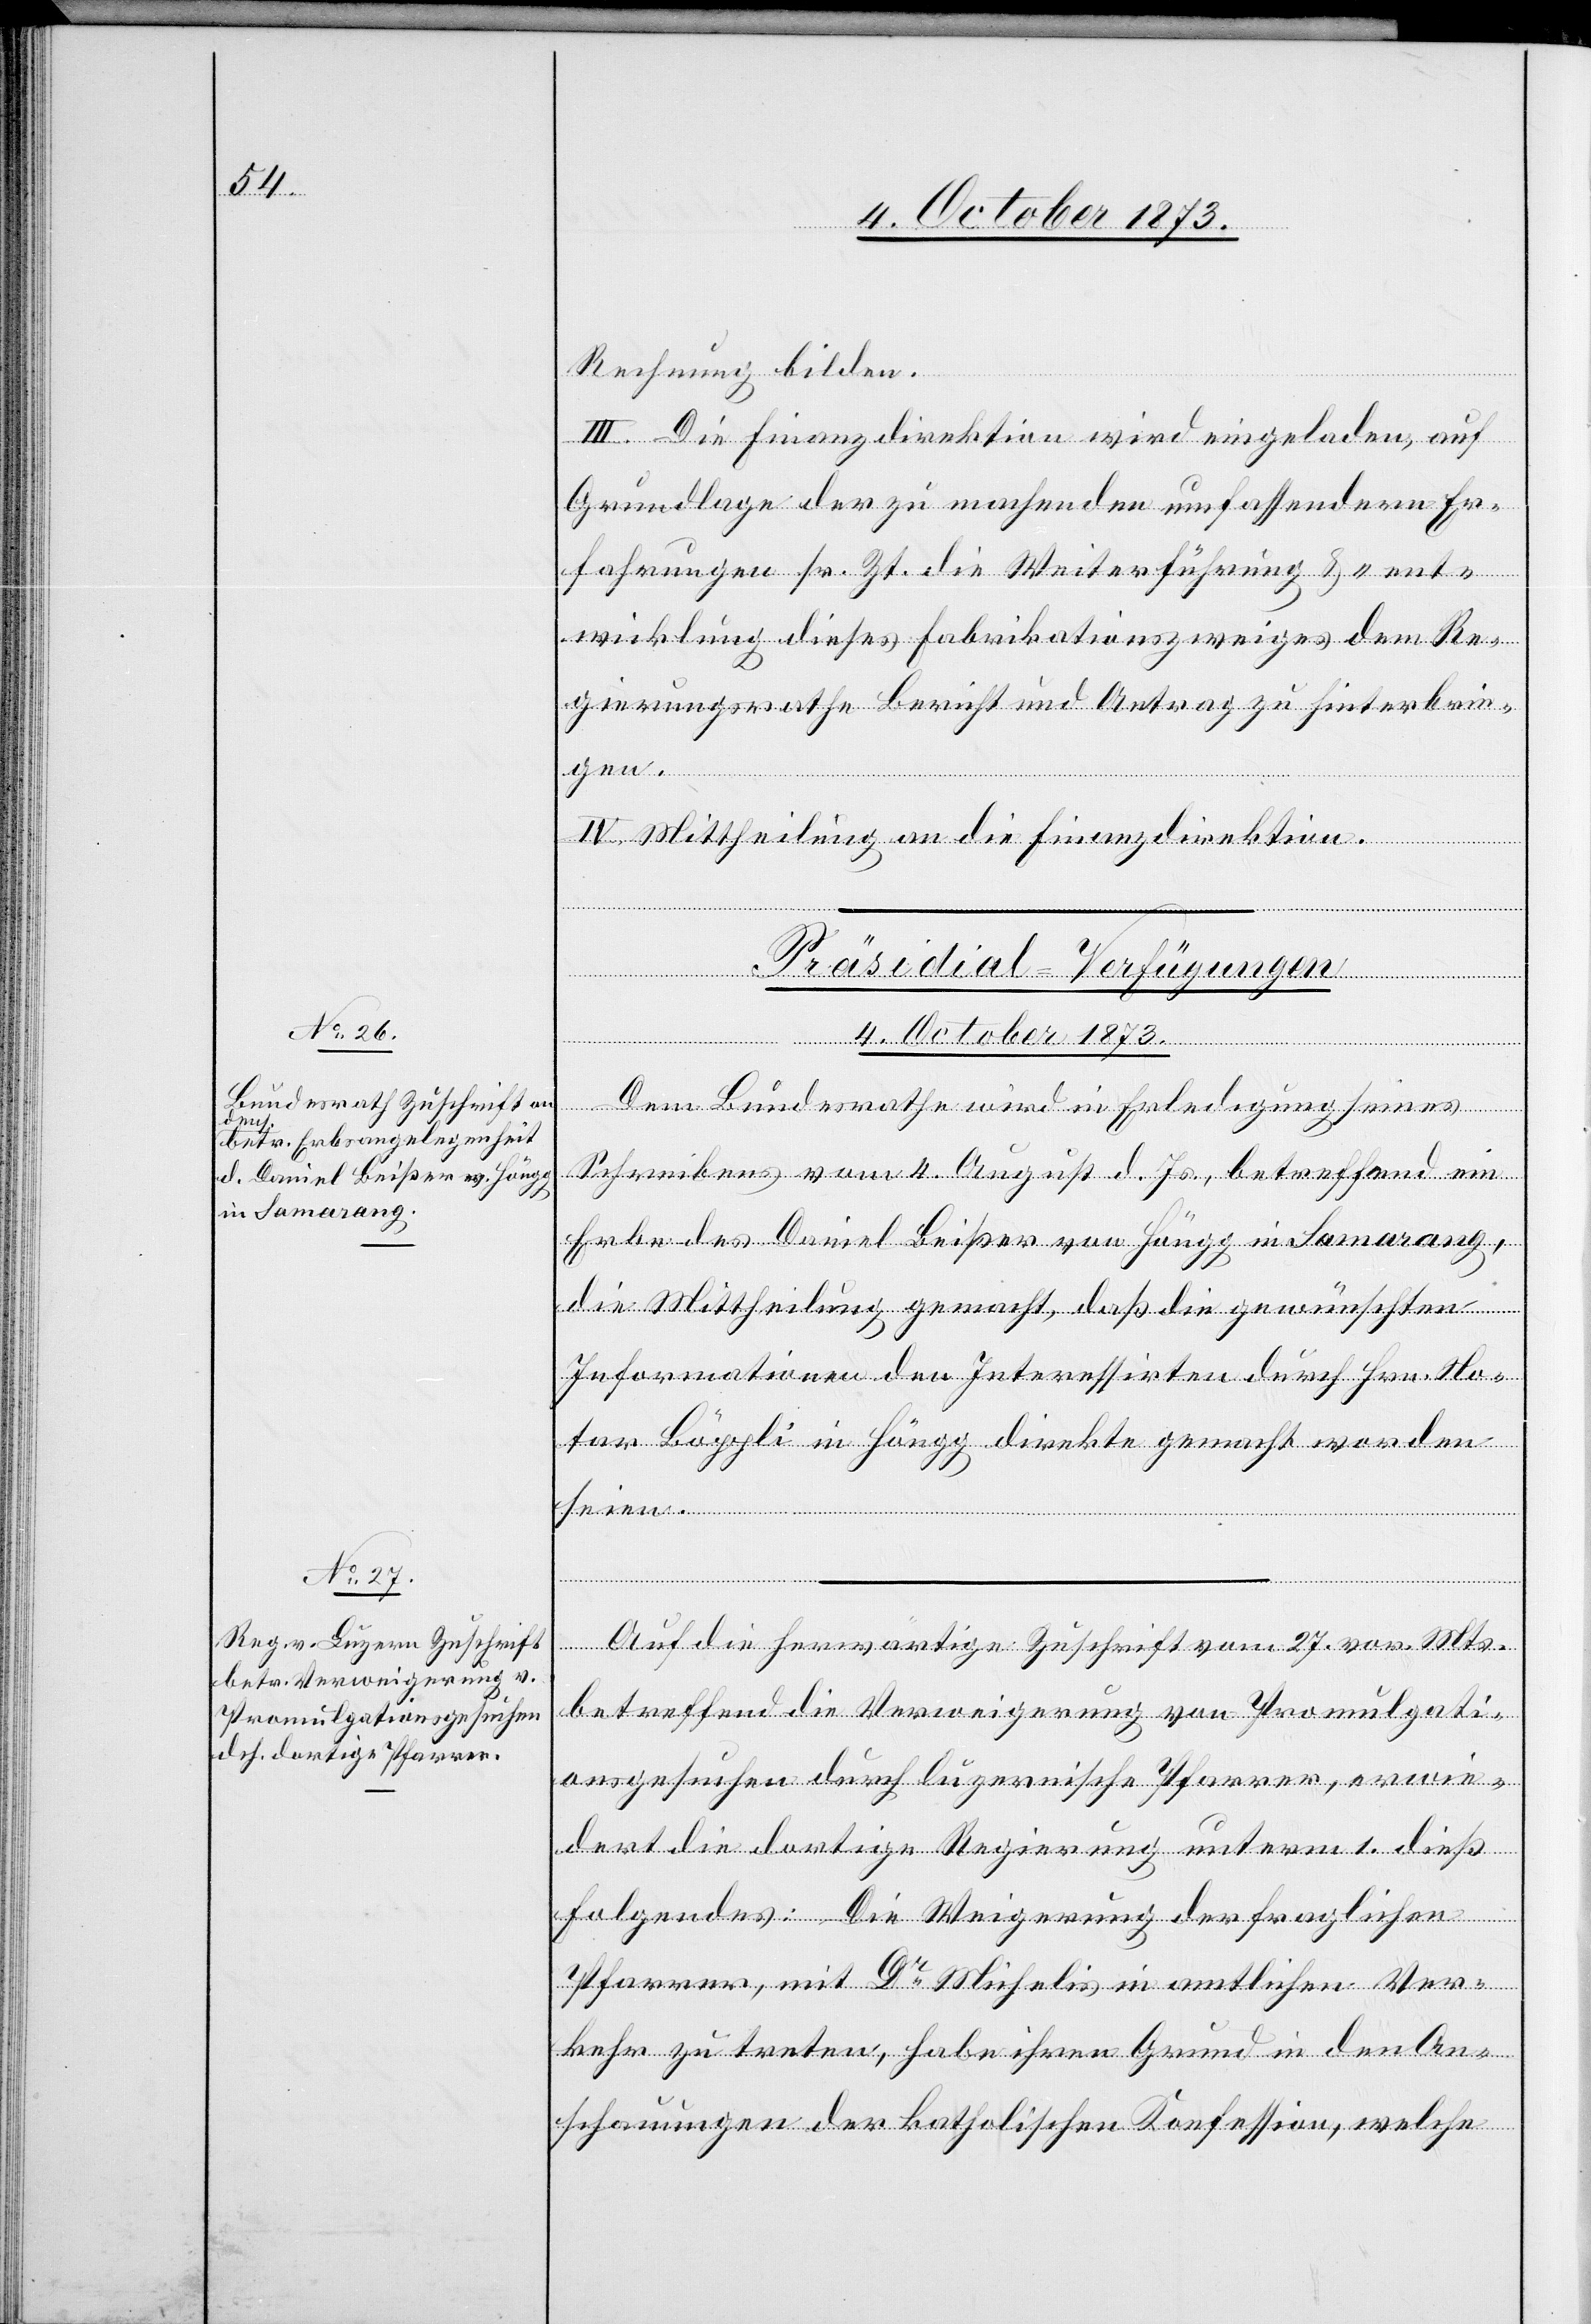
4. October 1873.]
Rechnung bilden.
III. Die Finanzdirektion wird eingeladen, auf
Grundlage der zu machenden umfassendern Er¬
fahrungen sr. Zt. die Weiterführung & -ent¬
wicklung dieses Fabrikationszweiges dem Re¬
gierungsrathe Bericht und Antrag zu hinterbrin¬
seien.
IV. Mittheilung an die Finanzdirektion.
[Präsidial-Verfügungen
Dem Bundesrathe wird in Erledigung seines
Schreibens vom 4. August d. Js., betreffend ein
Erbe des Daniel Beißer von Höngg in Samarang,
die Mittheilung gemacht, daß die gewünschten
Informationen den Interessirten durch Hrn. No¬
tar Böppli in Höngg direkte gemacht worden
Auf die herwärtige Zuschrift vom 27. vor. Mts.
betreffend die Verweigerung von Promulgati¬
onsgesuchen durch luzernische Pfarrer, erwie¬
dert die dortige Regierung unterm 1. dieß
Folgendes: Die Verweigerung der fraglichen
Pfarrer, mit Dr Michelis in amtlichen Ver¬
kehr zu treten, habe ihren Grund in den An¬
schauungen der katholischen Konfession, welche